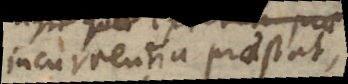
incurrentia praestat,